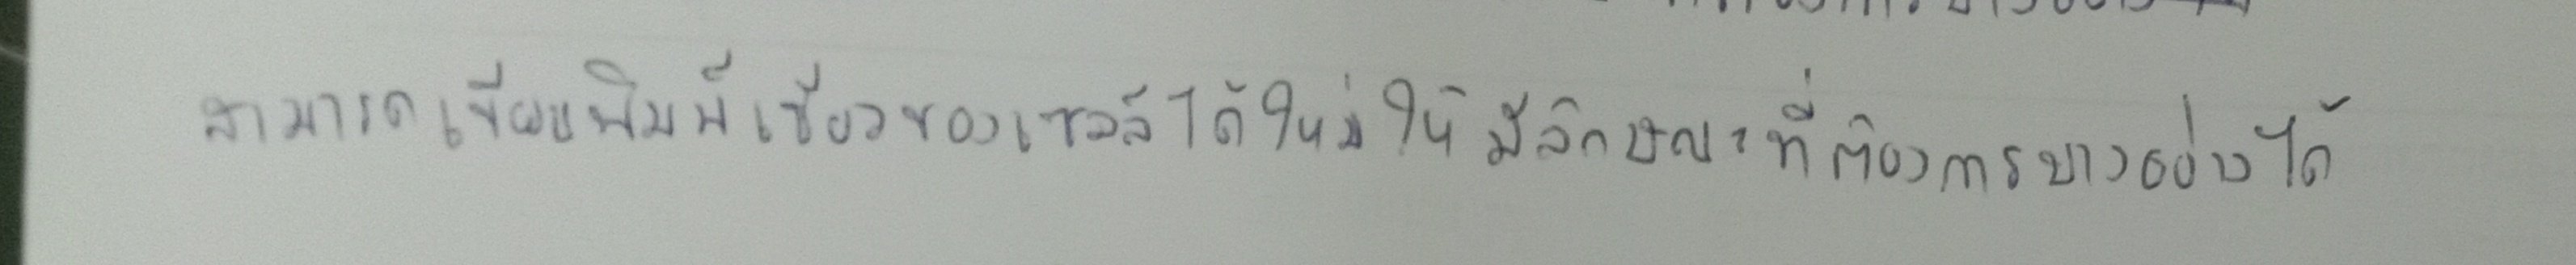
สามารถเขียนพิมพ์เขียวของเซลล์ได้ใหม่ให้มีลักษณะที่ต้องการบางอย่างได้